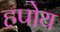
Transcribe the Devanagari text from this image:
हपोय